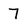
Character: 7